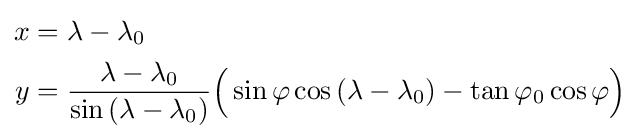
{\begin{aligned}x&=\lambda -\lambda _{0}\\y&={\frac {\lambda -\lambda _{0}}{\sin \left(\lambda -\lambda _{0}\right)}}{\Big (}\sin \varphi \cos \left(\lambda -\lambda _{0}\right)-\tan \varphi _{0}\cos \varphi {\Big )}\end{aligned}}